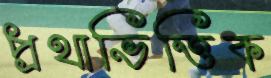
প্রথাভিত্তিক